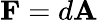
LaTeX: \mathbf{F}=d\mathbf{A}